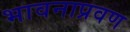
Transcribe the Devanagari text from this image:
भावनाप्रवण